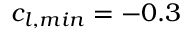
c _ { l , m i n } = - 0 . 3